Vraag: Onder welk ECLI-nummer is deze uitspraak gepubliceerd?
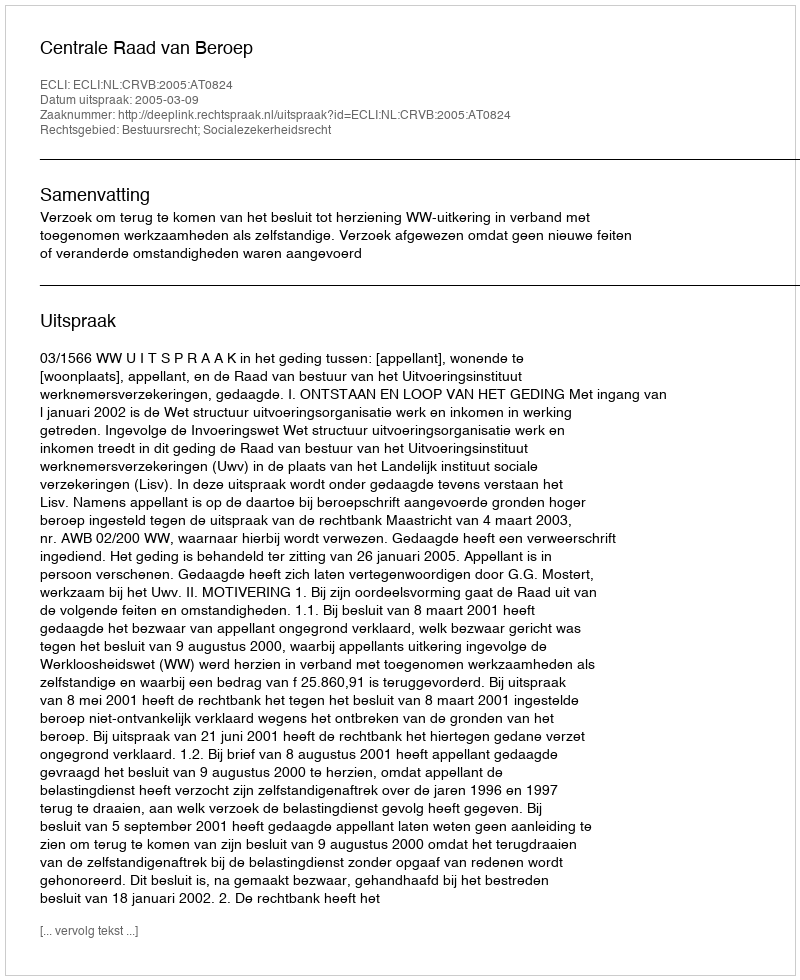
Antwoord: ECLI:NL:CRVB:2005:AT0824